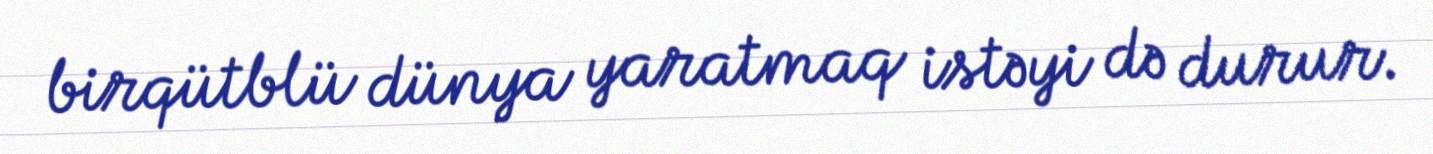
birqütblü dünya yaratmaq istəyi də durur.